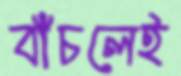
বাঁচলেই